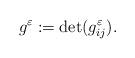
LaTeX: \begin{align*} g^\varepsilon:=\det (g^\varepsilon_{ij}).\end{align*}